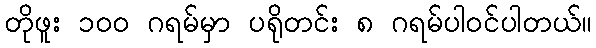
တိုဖူး ၁ဝဝ ဂရမ်မှာ ပရိုတင်း ၈ ဂရမ်ပါဝင်ပါတယ်။